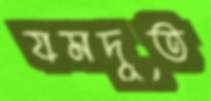
যমদূত